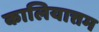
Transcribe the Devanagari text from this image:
कालियात्तम